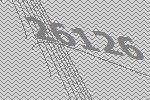
26126